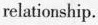
relationship.